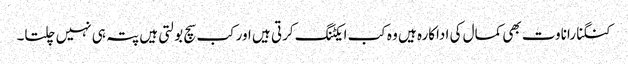
کنگنا راناوت بھی کمال کی اداکارہ ہیں وہ کب ایکٹنگ کرتی ہیں اور کب سچ بولتی ہیں پتہ ہی نہیں چلتا۔